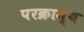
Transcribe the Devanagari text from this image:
परक्राम्‍य